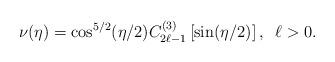
LaTeX: \begin{align*}\nu(\eta)=\cos^{5/2}(\eta/2)C_{2\ell-1}^{(3)}\left[\sin(\eta/2)\right] , \;\; \ell>0 .\end{align*}